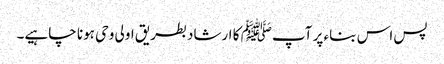
پس اس بناء پر آپﷺ کا ارشاد بطریق اولی وحی ہونا چاہیے۔